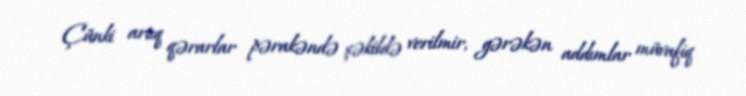
Çünki artıq qərarlar pərakəndə şəkildə verilmir, gərəkən addımlar müvafiq